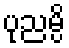
ပုညမ္ပိ